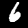
Label: 6